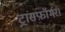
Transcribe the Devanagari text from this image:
ट्रांसफ़ॉर्मर।